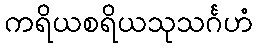
ကရိယစရိယသုသင်္ဂဟံ